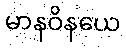
မာနဝိနယေ